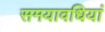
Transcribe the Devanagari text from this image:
समयावधियां